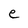
Character: e